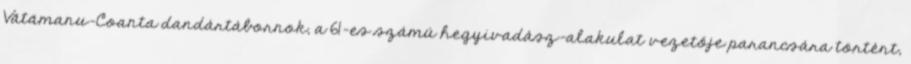
Vătămanu-Coanta dandártábornok, a 61-es számú hegyivadász-alakulat vezetője parancsára történt,